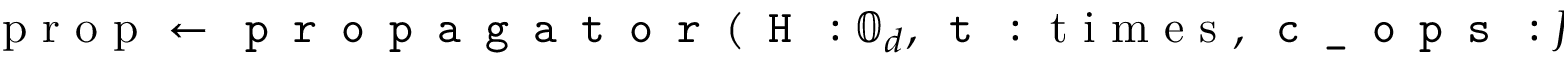
\textrm { p r o p } \gets \texttt { p r o p a g a t o r } ( \texttt { H } : \mathbb { 0 } _ { d } , \texttt { t } : \textrm { t i m e s } , \texttt { c \_ o p s } : J )